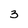
Character: 3